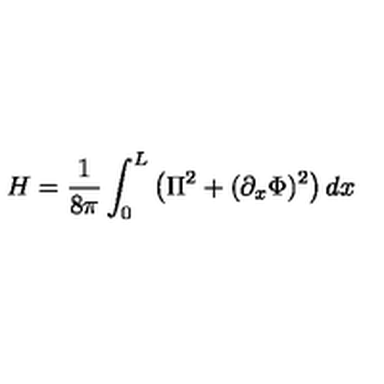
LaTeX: H = \frac { 1 } { 8 \pi } \int _ { 0 } ^ { L } \left( \Pi ^ { 2 } + ( \partial _ { x } \Phi ) ^ { 2 } \right) d x